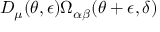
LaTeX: D _ { \mu } ( \theta , \epsilon ) \Omega _ { \alpha \beta } ( \theta + \epsilon , \delta )